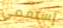
إستمعي